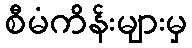
စီမံကိန်းများမှ